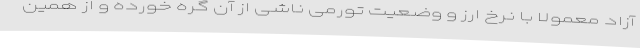
آزاد معمولا با نرخ ارز و وضعیت تورمی ناشی از آن گره خورده و از همین